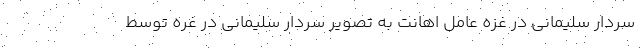
سردار سلیمانی در غزه عامل اهانت به تصویر سردار سلیمانی در غره توسط